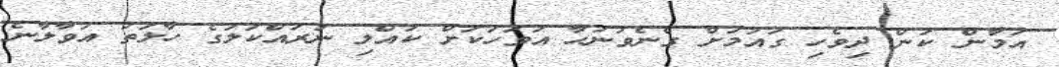
އަމާން ކަން ދިވެހި ގައުމަށް ގެނެވުނުހާ އަވަހަކަށް ކުއްލި ނުރައްކަލުގެ ހާލަތު އުވާލާނެ